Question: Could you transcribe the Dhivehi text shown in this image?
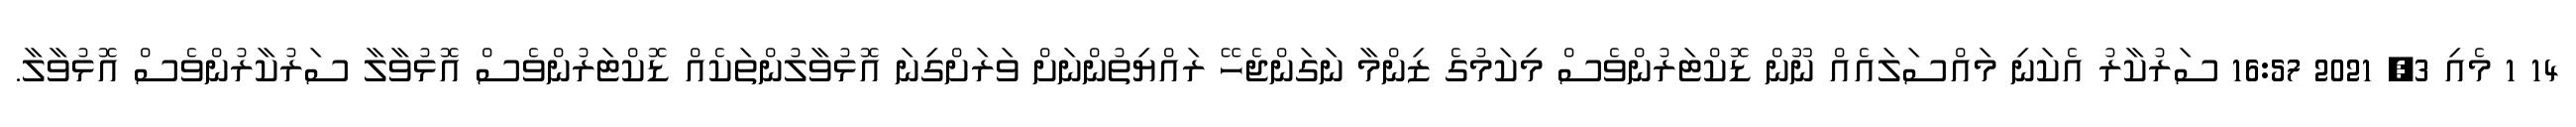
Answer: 14 1 މެއި 3, 2021 16:57 ސަރުކާރު އެކަނި މައްސަލައެއް ނޫން ޑޮކްޓަރުންވެސް މިކަމުގެ ޒިންމާ ނަގަންޖެހޭ ރައްޔިތުންނަށް ވަރަށްގިނަ އޮޅުވާލުންތަކެއް ޑޮކްޓަރުންވެސް އޮޅުވާލާ ސަރުކާރުންވެސް އޮޅުވާލާ.